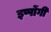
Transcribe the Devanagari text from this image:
इप्पोंगी